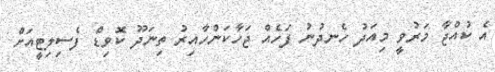
އެ ކުއްޖާ މަރުވީ މިއަދު ހެނދުނު ފަހެއް ޖަހާކަންހާއިރު ތިނަދޫ ކޮވިޑް ފެސިލިޓީއަށް